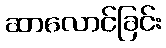
ဆာလောင်ခြင်း